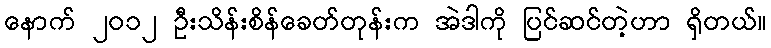
နောက် ၂၀၁၂ ဦးသိန်းစိန်ခေတ်တုန်းက အဲဒါကို ပြင်ဆင်တဲ့ဟာ ရှိတယ်။